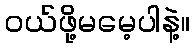
ဝယ်ဖို့မမေ့ပါနဲ့။